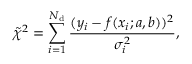
\tilde { \chi } ^ { 2 } = \sum _ { i = 1 } ^ { N _ { \mathrm { d } } } \frac { ( y _ { i } - f ( x _ { i } ; a , b ) ) ^ { 2 } } { \sigma _ { i } ^ { 2 } } ,